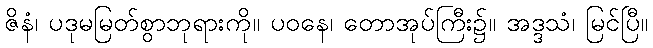
ဇိနံ၊ ပဒုမမြတ်စွာဘုရားကို။ ပဝနေ၊ တောအုပ်ကြီး၌။ အဒ္ဒသံ၊ မြင်ပြီ။